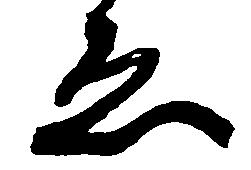
ゑ